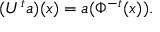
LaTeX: ( U ^ { t } a ) ( x ) = a ( \Phi ^ { - t } ( x ) ) .